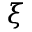
\xi